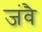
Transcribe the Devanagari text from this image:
जंवै